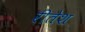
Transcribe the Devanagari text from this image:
रीतेश